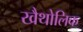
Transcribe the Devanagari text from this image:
खैथोलिक